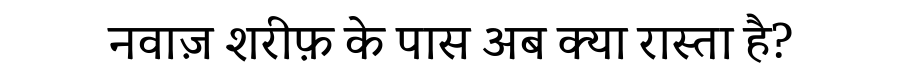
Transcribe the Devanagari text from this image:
नवाज़ शरीफ़ के पास अब क्या रास्ता है?